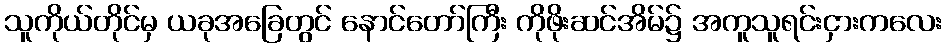
သူကိုယ်တိုင်မှ ယခုအခြေတွင် နောင်တော်ကြီး ကိုဖိုးဆင်အိမ်၌ အကူသူရင်းငှားကလေး